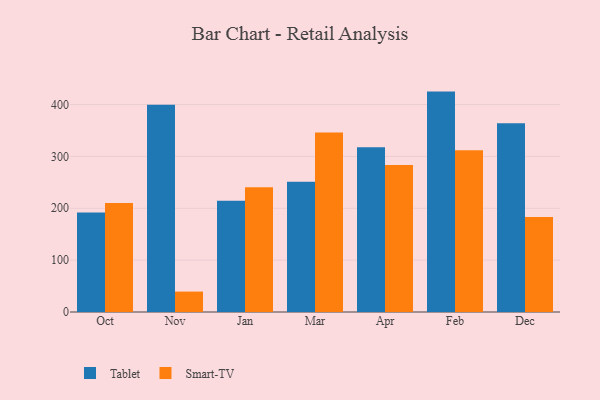
{"axis": {"x": "Month", "y": "Market Share (%)"}, "legend": ["Smart-TV", "Tablet"], "data": [{"x": "Oct", "y": 191.8, "type": "Tablet"}, {"x": "Oct", "y": 210.2, "type": "Smart-TV"}, {"x": "Nov", "y": 399.7, "type": "Tablet"}, {"x": "Nov", "y": 39.4, "type": "Smart-TV"}, {"x": "Jan", "y": 214.6, "type": "Tablet"}, {"x": "Jan", "y": 240.7, "type": "Smart-TV"}, {"x": "Mar", "y": 251.2, "type": "Tablet"}, {"x": "Mar", "y": 346.3, "type": "Smart-TV"}, {"x": "Apr", "y": 317.6, "type": "Tablet"}, {"x": "Apr", "y": 283.5, "type": "Smart-TV"}, {"x": "Feb", "y": 425.0, "type": "Tablet"}, {"x": "Feb", "y": 311.7, "type": "Smart-TV"}, {"x": "Dec", "y": 363.9, "type": "Tablet"}, {"x": "Dec", "y": 183.3, "type": "Smart-TV"}]}